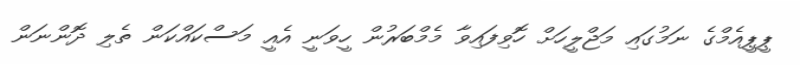
ޕީޕީއެމްގެ ނަމުގައި މަޖްލީހަށް ހޮވިފައިވާ މެމްބަރުން ހީވަނީ އެއީ މަސްކައްކަން ތެލި ދޮންނަން